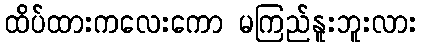
ထိပ်ထားကလေးကော မကြည်နူးဘူးလား